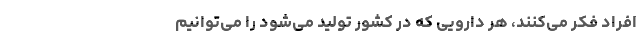
افراد فکر می‌کنند، هر دارویی که در کشور تولید می‌شود را می‌توانیم